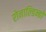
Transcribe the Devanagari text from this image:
रोनाल्‍डिन्‍हो